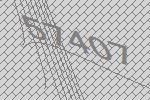
57407